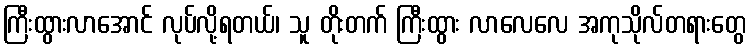
ကြီးထွားလာအောင် လုပ်လို့ရတယ်၊ သူ တိုးတက် ကြီးထွား လာလေလေ အကုသိုလ်တရားတွေ